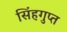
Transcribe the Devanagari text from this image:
सिंहगुप्त